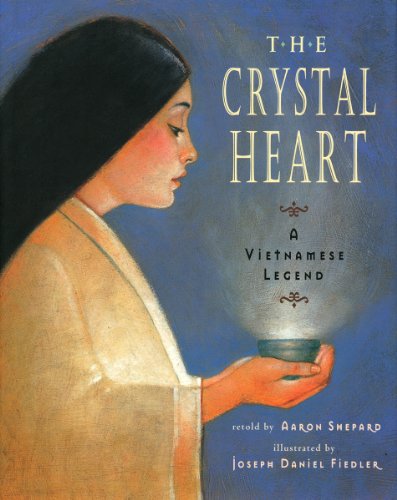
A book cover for The Crystal Heart: A Vietnamese Legend; Aaron Shepard; Children's Books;